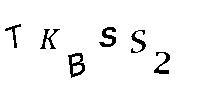
TKBSS2